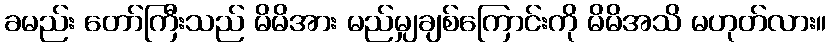
ခမည်း တော်ကြီးသည် မိမိအား မည်မျှချစ်ကြောင်းကို မိမိအသိ မဟုတ်လား။